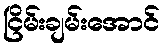
ငြိမ်းချမ်းအောင်